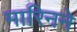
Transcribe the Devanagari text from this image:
मारिनने